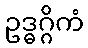
ဥဒ္ဓဂ္ဂိကံ